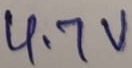
Text: 4.7V